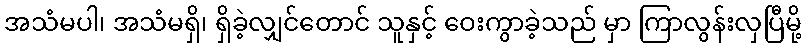
အသံမပါ၊ အသံမရှိ၊ ရှိခဲ့လျှင်တောင် သူနှင့် ဝေးကွာခဲ့သည် မှာ ကြာလွန်းလှပြီမို့